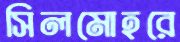
সিলমোহরে